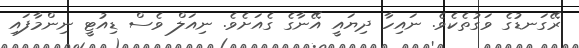
ރޭގަނޑުގެ ވަގުތެކެވެ. ނައިހާ ދިޔައީ އޭނާގެ ގެއަށެވެ. ނިއަލް ވެސް ޑިއުޓީ ނިންމާފައި